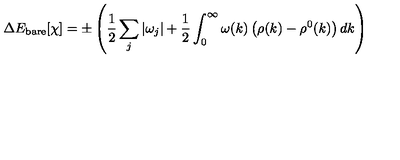
\Delta E _ { \mathrm { b a r e } } [ \chi ] = \pm \left( \frac { 1 } { 2 } \sum _ { j } | \omega _ { j } | + \frac { 1 } { 2 } \int _ { 0 } ^ { \infty } \omega ( k ) \left( \rho ( k ) - \rho ^ { 0 } ( k ) \right) d k \right)